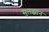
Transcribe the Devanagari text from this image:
सुलझान